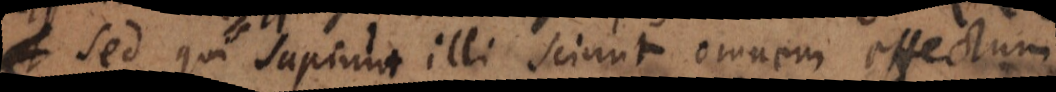
sed qui sapiunt illi sciunt omnem effectum